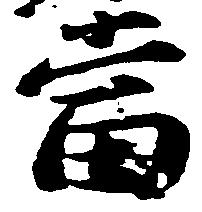
当